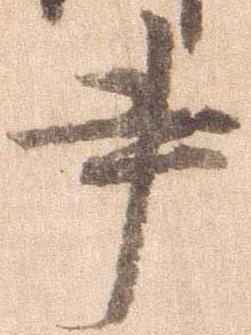
書